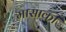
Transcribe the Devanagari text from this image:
मासाकी